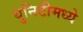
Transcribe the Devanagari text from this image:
युनिटीमध्ये